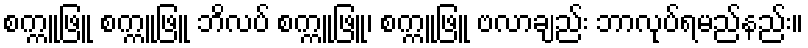
စက္ကူဖြူ စက္ကူဖြူ ဘိလပ် စက္ကူဖြူ၊ စက္ကူဖြူ ဗလာချည်း ဘာလုပ်ရမည်နည်း။